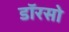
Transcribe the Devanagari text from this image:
डॉरसो